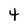
Character: 4